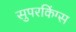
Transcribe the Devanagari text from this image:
सुपरकिंग्स